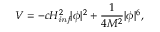
V = - c H _ { \it i n f } ^ { 2 } | \phi | ^ { 2 } + \frac { 1 } { 4 M ^ { 2 } } | \phi | ^ { 6 } ,